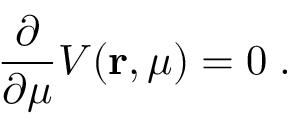
\frac { \partial } { \partial \mu } V ( { \bf r } , \mu ) = 0 \; .